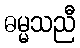
ဓမ္မသညီ